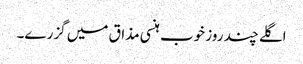
اگلے چند روز خوب ہنسی مذاق میں گزرے۔